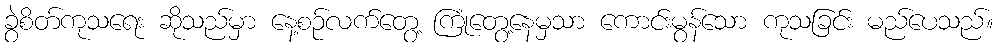
ခွဲစိတ်ကုသရေး ဆိုသည်မှာ နေ့စဉ်လက်တွေ့ ကြုံတွေ့နေမှသာ ကောင်းမွန်သော ကုသခြင်း မည်ပေသည်။